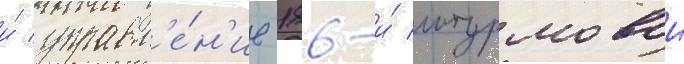
и́ управл'е́н'ие 186-и́ штурмовои